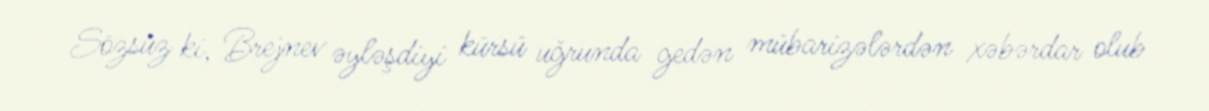
Sözsüz ki, Brejnev əyləşdiyi kürsü uğrunda gedən mübarizələrdən xəbərdar olub